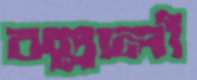
বল্লালী